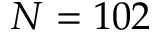
N = 1 0 2